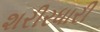
શરીરધારી